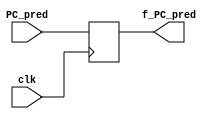
module regF(
	clk,
	PC_pred,
	f_PC_pred

);

input clk;
input [63:0] PC_pred;
output reg [63:0] f_PC_pred;

always@(posedge clk)
begin
	// assign val to fPCpred
	f_PC_pred <= PC_pred;
end
	

endmodule